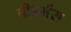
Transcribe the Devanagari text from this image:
वीडर्मंस